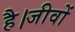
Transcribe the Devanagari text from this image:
है।जीवों